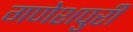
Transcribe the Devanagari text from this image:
गणेशपुरी